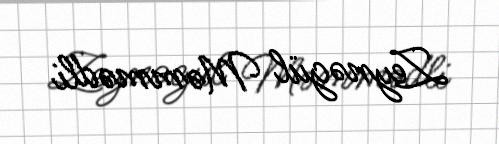
Zeynəgül Məmmədli